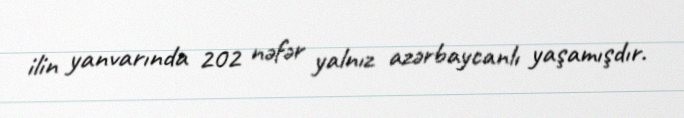
ilin yanvarında 202 nəfər yalnız azərbaycanlı yaşamışdır.